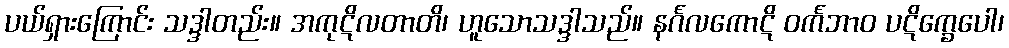
ပယ်ရှားကြောင်း သဒ္ဒါတည်း။ အကုဋိလတာတိ၊ ဟူသောသဒ္ဒါသည်။ နင်္ဂလကောဋိ ဝင်္ကဘာဝ ပဋိက္ခေပေါ၊